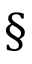
\S